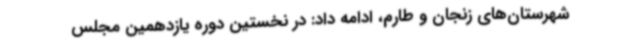
شهرستان‌های زنجان و طارم، ادامه داد: در نخستین دوره یازدهمین مجلس